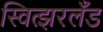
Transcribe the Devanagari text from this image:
स्वित्झरलँड